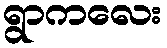
ရွာကလေး